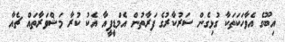
އިބޫގެ އެވާހަކަތަކާ ގުޅިގެން ސަރުކާރުގެ ފަރާތުން އެމްޑީޕީއާ އެކު ކުރާ މަޝްވަރާތައް ޗެއާ